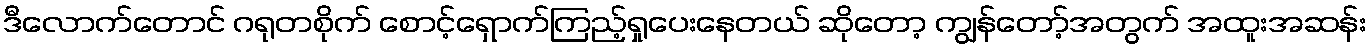
ဒီလောက်တောင် ဂရုတစိုက် စောင့်ရှောက်ကြည့်ရှုပေးနေတယ် ဆိုတော့ ကျွန်တော့်အတွက် အထူးအဆန်း